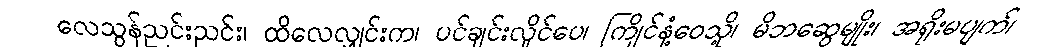
လေသွန်ညင်းညင်း၊ ထိလေလျှင်းက၊ ပင်ချင်းလှိုင်ပေ၊ ကြိုင်နံ့ဝေသို့၊ မိဘဆွေမျိုး၊ အရိုးမပျက်၊